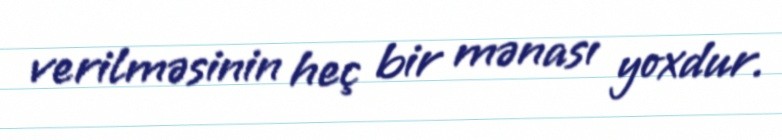
verilməsinin heç bir mənası yoxdur.